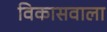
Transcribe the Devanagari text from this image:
विकासवाला